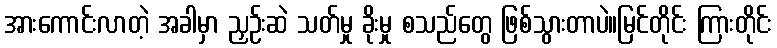
အားကောင်းလာတဲ့ အခါမှာ ညှဉ်းဆဲ သတ်မှု ခိုးမှု စသည်တွေ ဖြစ်သွားတာပဲ။မြင်တိုင်း ကြားတိုင်း